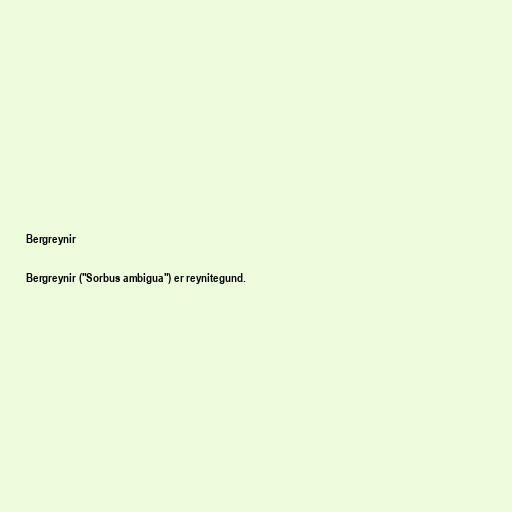
Bergreynir

Bergreynir ("Sorbus ambigua") er reynitegund.